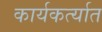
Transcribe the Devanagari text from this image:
कार्यकर्त्‍यात